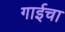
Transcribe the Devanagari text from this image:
गाईचा